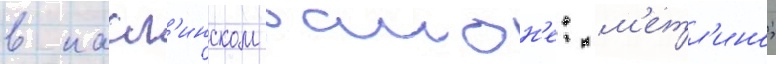
в касл'инском раион'е: м'етл'ино;